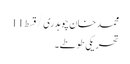
محمد خان چوہدری/قسط11
تحریکی طوطے۔